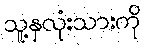
သူ့နှလုံးသားကို